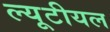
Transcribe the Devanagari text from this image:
ल्यूटीयल